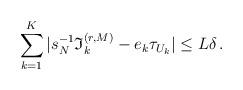
LaTeX: \begin{align*}\sum_{k=1}^K | s_N^{-1} \mathfrak{I}_k^{(r,M)} - e_k \tau_{U_k} | \leq L\delta \,.\end{align*}